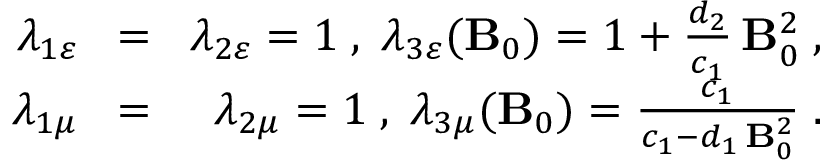
\begin{array} { r l r } { \lambda _ { 1 \varepsilon } \! } & { = } & { \! \lambda _ { 2 \varepsilon } = 1 \; , \; \lambda _ { 3 \varepsilon } ( { \bf B } _ { 0 } ) = 1 + \frac { d _ { 2 } } { c _ { 1 } } \, { \bf B } _ { 0 } ^ { 2 } \; , } \\ { \lambda _ { 1 \mu } \! } & { = } & { \! \lambda _ { 2 \mu } = 1 \; , \; \lambda _ { 3 \mu } ( { \bf B } _ { 0 } ) = \frac { c _ { 1 } } { c _ { 1 } - d _ { 1 } \, { \bf B } _ { 0 } ^ { 2 } } \; . } \end{array}